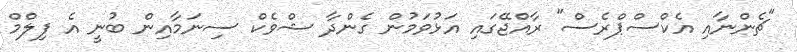
"ޗެންނާއި އެކްސްޕްރެސް" ރާއްޖޭގައި އަޅުވަމުން ގެންދާ ޝްވެކް ސިނަމާއިން ބުނީ އެ ފިލްމް